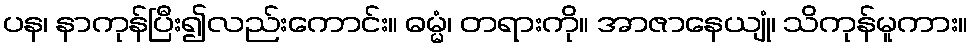
ပန၊ နာကုန်ပြီး၍လည်းကောင်း။ ဓမ္မံ၊ တရားကို။ အာဇာနေယျုံ၊ သိကုန်မူကား။